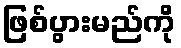
ဖြစ်ပွားမည်ကို